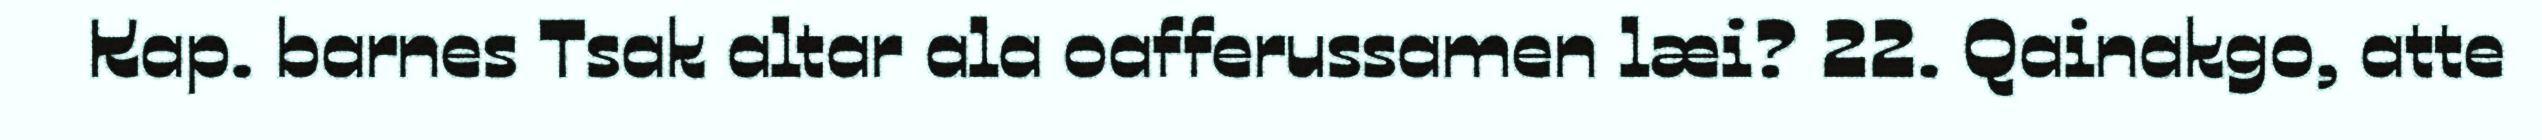
Kap. barnes Tsak altar ala oafferussamen læi? 22. Qainakgo, atte